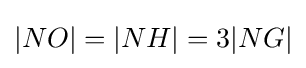
|NO|=|NH|=3|NG|